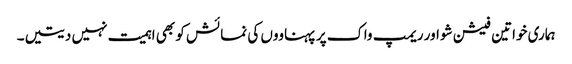
ہماری خواتین فیشن شو اور ریمپ واک پر پہناووں کی نمائش کو بھی اہمیت نہیں دیتیں۔